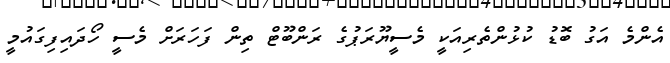
އެންމެ އަގު ބޮޑު ކުޅުންތެރިއަކީ މެސީޔޫރަޕުގެ ރަންބޫޓް ތިން ފަހަރަށް މެސީ ހޯދައިފިގައުމީ